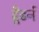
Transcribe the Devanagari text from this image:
ढूँढनें